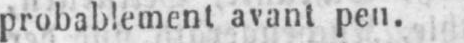
probablement avant peu.